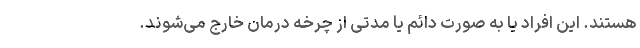
هستند. این افراد یا به صورت دائم یا مدتی از چرخه درمان خارج می‌شوند.